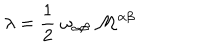
LaTeX: \lambda = \frac { 1 } { 2 } \; \omega _ { \alpha \beta } \; { \cal M } ^ { \alpha \beta }